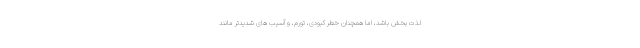
لذت بخش باشد، اما همچنان خطر کبودی، تورم، و آسیب های شدیدتر مانند